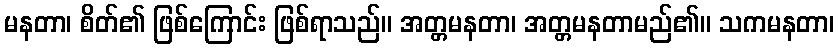
မနတာ၊ စိတ်၏ ဖြစ်ကြောင်း ဖြစ်ရာသည်။ အတ္တမနတာ၊ အတ္တမနတာမည်၏။ သကမနတာ၊